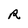
Character: R